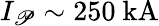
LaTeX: I_{\mathscr{P}}\sim250~\mathrm{{kA}}